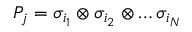
P _ { j } = \sigma _ { i _ { 1 } } \otimes \sigma _ { i _ { 2 } } \otimes \ldots \sigma _ { i _ { N } }